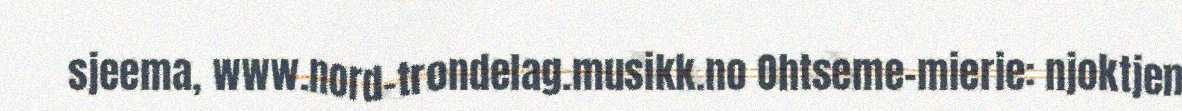
sjeema, www.nord-trondelag.musikk.no Ohtseme-mierie: njoktjen